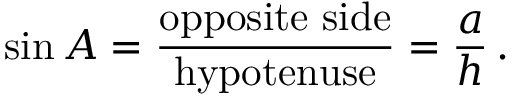
\sin A = { \frac { \mathrm { o p p o s i t e ~ s i d e } } { \mathrm { h y p o t e n u s e } } } = { \frac { a } { h } } \, .